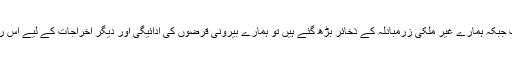
’کچھ سال پہلے تک تو یہ رقم بہت اہم تھی لیکن اب جبکہ ہمارے غیر ملکی زرمبادلہ کے ذخائر بڑھ گئے ہیں تو ہمارے بیرونی قرضوں کی ادائیگی اور دیگر اخراجات کے لیے اس رقم کے نہ ہونے سے بہت زیادہ فرق نہیں پڑے گا۔